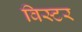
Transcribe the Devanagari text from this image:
विस्टर